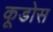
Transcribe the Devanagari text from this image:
कूडोस